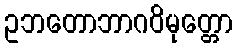
ဥဘတောဘာဂဝိမုတ္တော